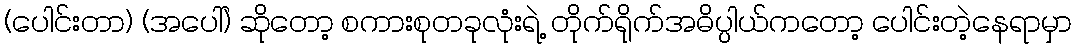
(ပေါင်းတာ) (အပေါ်) ဆိုတော့ စကားစုတခုလုံးရဲ့ တိုက်ရိုက်အဓိပ္ပါယ်ကတော့ ပေါင်းတဲ့နေရာမှာ